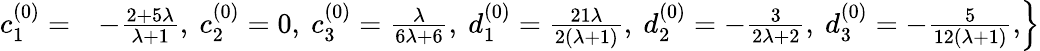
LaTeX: \left.\begin{array}{ll}{c_{1}^{(0)}=}&{-\frac{2+5\lambda}{\lambda+1},~c_{2}^{(0)}=0,~c_{3}^{(0)}=\frac{\lambda}{6\lambda+6},~d_{1}^{(0)}=\frac{21\lambda}{2(\lambda+1)},~d_{2}^{(0)}=-\frac{3}{2\lambda+2},~d_{3}^{(0)}=-\frac{5}{12(\lambda+1)},}\end{array}\right\}